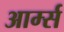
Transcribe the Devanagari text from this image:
आर्म्‍स